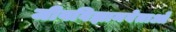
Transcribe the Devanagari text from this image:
जीवविज्ञानवेताओं